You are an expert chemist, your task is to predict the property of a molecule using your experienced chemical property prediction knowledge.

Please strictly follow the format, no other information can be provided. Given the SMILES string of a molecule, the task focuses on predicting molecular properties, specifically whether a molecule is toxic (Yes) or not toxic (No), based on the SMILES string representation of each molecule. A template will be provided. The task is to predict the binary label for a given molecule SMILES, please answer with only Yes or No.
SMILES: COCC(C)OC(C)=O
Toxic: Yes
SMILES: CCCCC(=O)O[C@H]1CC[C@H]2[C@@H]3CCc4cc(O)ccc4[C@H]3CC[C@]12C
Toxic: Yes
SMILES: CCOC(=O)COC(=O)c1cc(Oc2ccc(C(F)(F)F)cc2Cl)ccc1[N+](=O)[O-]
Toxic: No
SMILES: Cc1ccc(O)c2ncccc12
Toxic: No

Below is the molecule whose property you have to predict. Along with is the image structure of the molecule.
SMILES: CCC(=O)O[C@]1(C(=O)SCF)[C@H](C)C[C@H]2C3C[C@H](F)C4=CC(=O)C=C[C@]4(C)[C@@]3(F)[C@@H](O)C[C@@]21C
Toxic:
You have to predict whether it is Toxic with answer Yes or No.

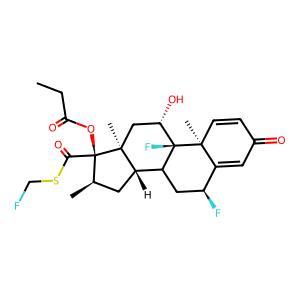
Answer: Yes